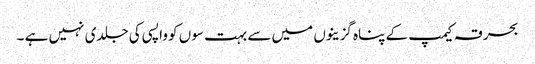
بحرقہ کیمپ کے پناہ گزینوں میں سے بہت سوں کو واپسی کی جلدی نہیں ہے ۔